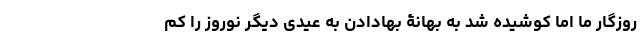
روزگار ما اما کوشیده شد به بهانۀ بها‌دادن به عیدی دیگر نوروز را کم